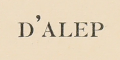
D'ALEP